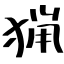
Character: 猟